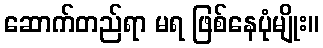
ဆောက်တည်ရာ မရ ဖြစ်နေပုံမျိုး။